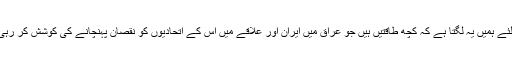
اسی لئے ہمیں یہ لگتا ہے کہ کچھ طاقتیں ہیں جو عراق میں ایران اور علاقے میں اس کے اتحادیوں کو نقصان پہنچانے کی کوشش کر رہی ہیں۔